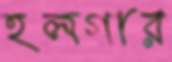
হলগার